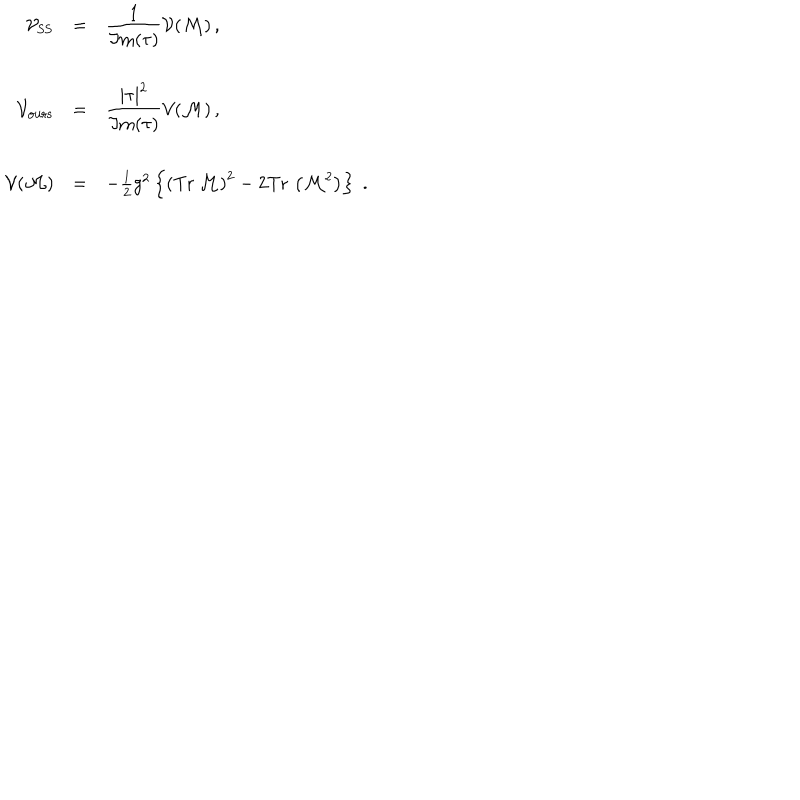
\begin{array} { r c l } { { { \cal V } _ { \mathrm { S S } } } } & { { = } } & { { { \displaystyle \frac { 1 } { \Im \mathrm { m } ( \tau ) } } { \cal V } ( { \cal M } ) \, , } } \\ { { } } & { { } } & { { } } \\ { { { \cal V } _ { \mathrm { o u r s } } } } & { { = } } & { { { \displaystyle \frac { | \tau | ^ { 2 } } { \Im \mathrm { m } ( \tau ) } } { \cal V } ( { \cal M } ) \, , } } \\ { { } } & { { } } & { { } } \\ { { { \cal V } ( { \cal M } ) } } & { { = } } & { { - { \textstyle \frac { 1 } { 2 } } g ^ { 2 } \left\{ \left( \mathrm { T r } \, \mathcal { M } \right) ^ { 2 } - 2 \mathrm { T r } \, \left( \mathcal { M } ^ { 2 } \right) \right\} \; . } } \\ \end{array}